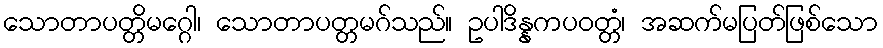
သောတာပတ္တိမဂ္ဂေါ၊ သောတာပတ္တမဂ်သည်။ ဥပါဒိန္နကပဝတ္တံ၊ အဆက်မပြတ်ဖြစ်သော